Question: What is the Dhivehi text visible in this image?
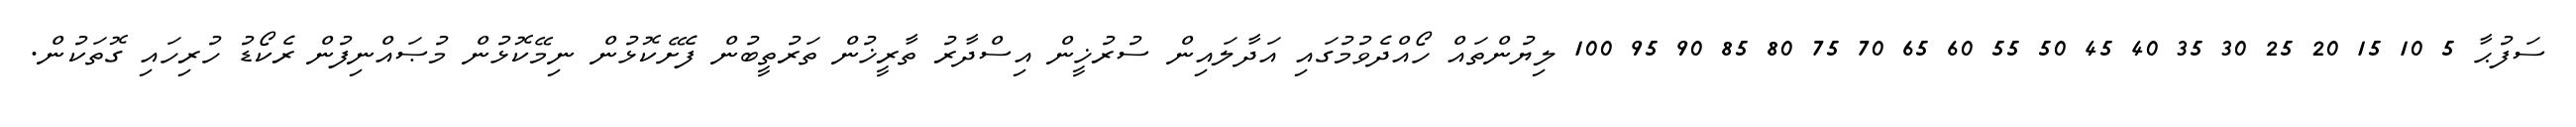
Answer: ސަފުޙާ 5 10 15 20 25 30 35 40 45 50 55 60 65 70 75 80 85 90 95 100 ލިޔުންތައް ހޯއްދެވުމުގައި އަދާލައިން ސުރުޚީން އިސްދާރު ތާރީޚުން ތަރުތީބުން ފެށޭކޮޅުން ނިމޭކޮޅުން މުޞައްނިފުން ރެކޯޑު ހުރިހައި ގޮތަކުން.